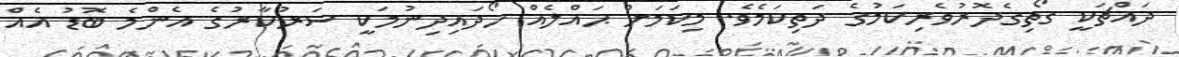
ދައްޗަކީ ގޯތިގެދޮރުވެރިކަމުގެ ދަތިކަމެވެ. މިކަމަށް ޙައްލެއް ހޯދައިދިނުމަކީ ސަރުކާރުގެ އެންމެ ބޮޑު އެއް